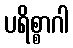
ပရိစ္စာဂါ